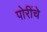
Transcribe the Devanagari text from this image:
पोरींचे